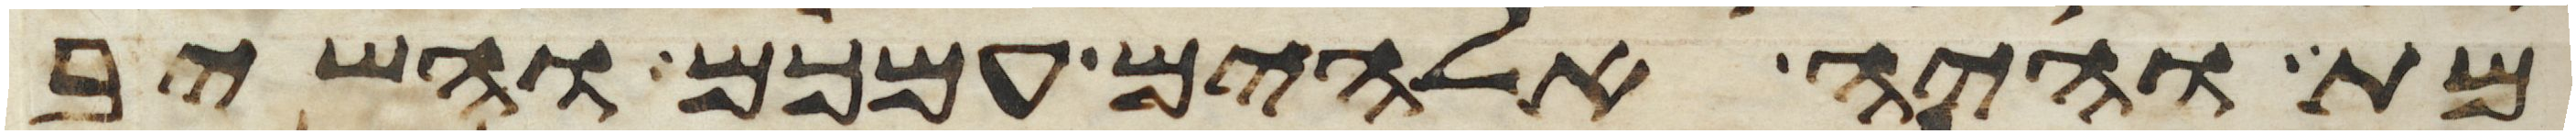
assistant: מת והיה אלהים עמכם והשיב